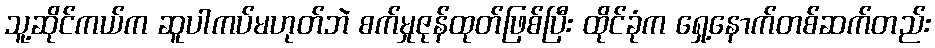
သူ့ဆိုင်ကယ်က ဆူပါကပ်မဟုတ်ဘဲ စက်မှုဇုန်ထုတ်ဖြစ်ပြီး ထိုင်ခုံက ရှေ့နောက်တစ်ဆက်တည်း